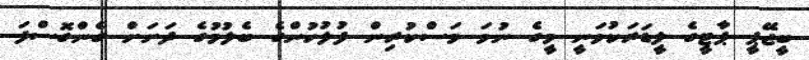
ބީޖޭޕީ ޕާޓީގެ ލީޑަރަކުވަނީ މީގެ ނުވަ މަސްކުރިން ފުލުހުންގެ ބެލުމުގެ ދަށަށް ގެންގޮސްފަ